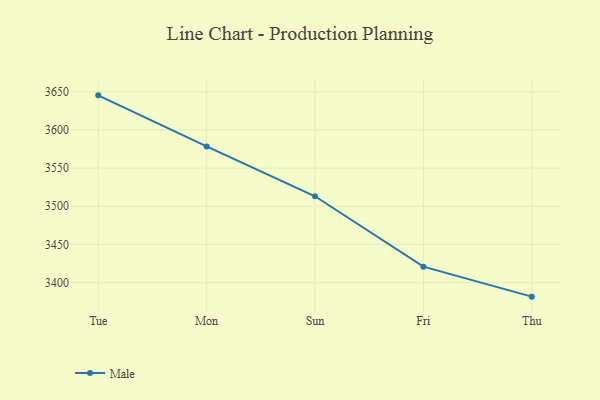
{"axis": {"x": "Day", "y": "Bounce Rate (%)"}, "legend": ["Male"], "data": [{"x": "Tue", "y": 3645.3, "type": "Male"}, {"x": "Mon", "y": 3578.4, "type": "Male"}, {"x": "Sun", "y": 3513.1, "type": "Male"}, {"x": "Fri", "y": 3420.9, "type": "Male"}, {"x": "Thu", "y": 3381.6, "type": "Male"}]}